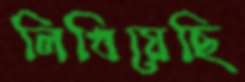
লিখিয়েছি